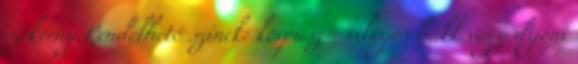
szekrény Rendelhető színek: korpusz - világos bükk vagy dijoni